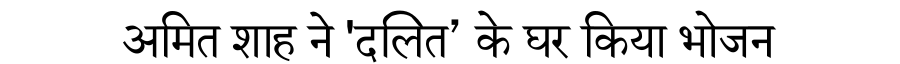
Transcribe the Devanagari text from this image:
अमित शाह ने 'दलित’ के घर किया भोजन